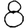
Digit: 8